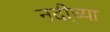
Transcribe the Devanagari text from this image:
नदी्च्या